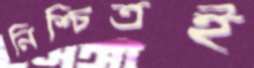
নিশ্চিতই